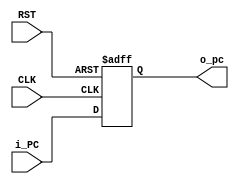
module PC (
input wire CLK ,
input wire RST ,
input wire [31:0] i_PC ,
output reg [31:0] o_pc
);

//reg Declaration 
reg [31:0] reg_pc ;

//PC Sequential Circuit
always @ ( posedge CLK or negedge RST )
	begin
		if (!RST)
			o_pc <= 32'h0000;
		else 
			o_pc <= i_PC ;
	end

endmodule